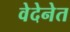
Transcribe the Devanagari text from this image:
वेदेनेत